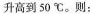
升高到50℃。则：